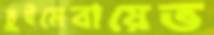
তুইমেবায়েভ